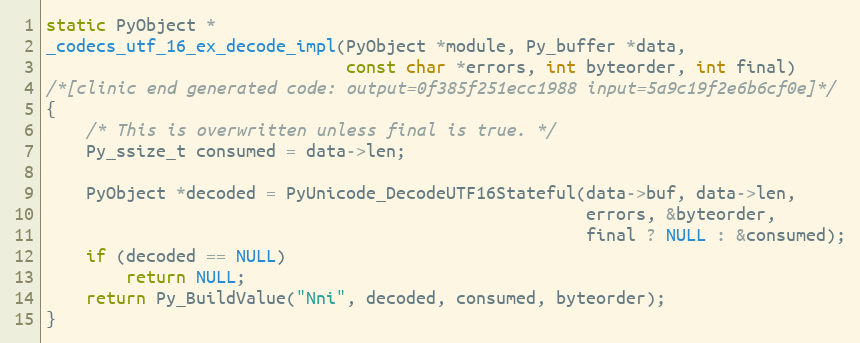
Language: C
static PyObject *
_codecs_utf_16_ex_decode_impl(PyObject *module, Py_buffer *data,
                              const char *errors, int byteorder, int final)
/*[clinic end generated code: output=0f385f251ecc1988 input=5a9c19f2e6b6cf0e]*/
{
    /* This is overwritten unless final is true. */
    Py_ssize_t consumed = data->len;

    PyObject *decoded = PyUnicode_DecodeUTF16Stateful(data->buf, data->len,
                                                      errors, &byteorder,
                                                      final ? NULL : &consumed);
    if (decoded == NULL)
        return NULL;
    return Py_BuildValue("Nni", decoded, consumed, byteorder);
}